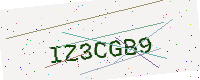
Text: IZ3CGB9